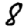
Digit: 8